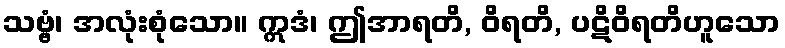
သဗ္ဗံ၊ အလုံးစုံသော။ ဣဒံ၊ ဤအာရတိ, ဝိရတိ, ပဋိဝိရတိဟူသော